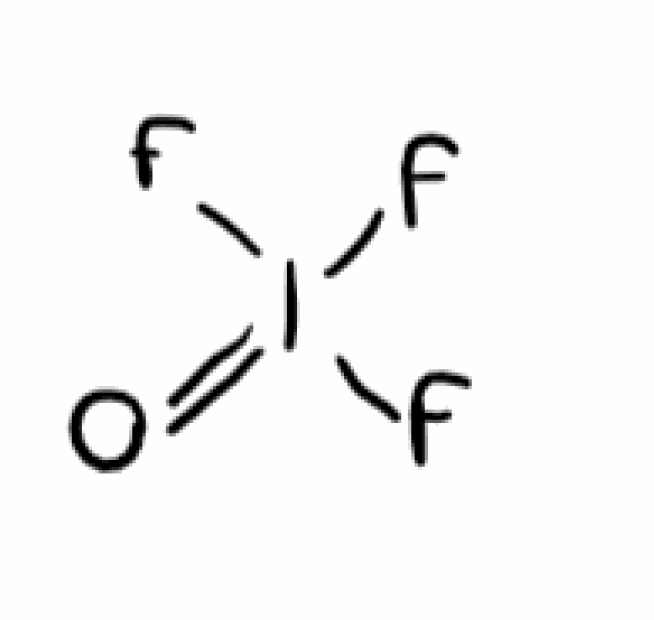
Simplified molecular-input line-entry system (SMILES) notation of the given molecule:
O=I(F)(F)F